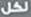
لكل